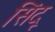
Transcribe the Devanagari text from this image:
सिंदू